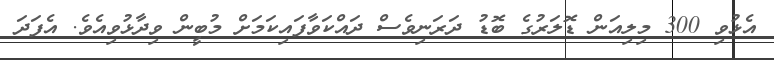
އެޅުވި 300 މިލިއަން ޑޮލަރުގެ ބޮޑު ދަރަނިވެސް ދައްކަވާފައިކަމަށް މުބީން ވިދާޅުވިއެވެ. އެފަދަ